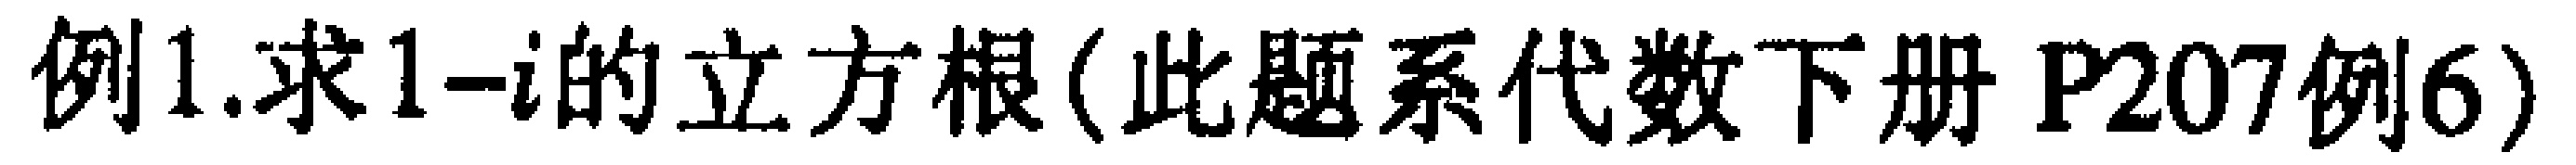
例1.求\(1 - i\)的立方根(此题系代数下册 P207例6)